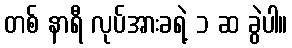
တစ် နာရီ လုပ်အားခရဲ့ ၁ ဆ ခွဲပါ။